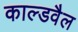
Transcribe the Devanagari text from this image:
काल्डवैल